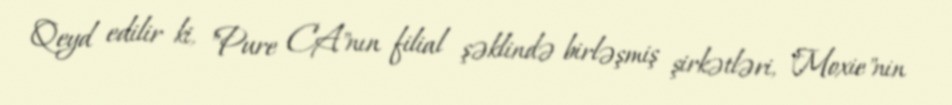
Qeyd edilir ki, "Pure CA"nın filial şəklində birləşmiş şirkətləri, "Moxie"nin